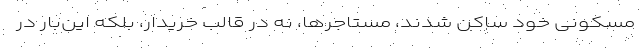
مسکونی خود ساکن شدند، مستاجرها، نه در قالب خریدار، بلکه این‌بار در